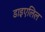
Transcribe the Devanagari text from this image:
डाइएलिल